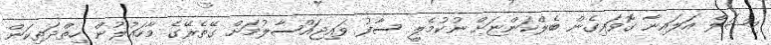
މިޝަލް އަލައިނާ ގޮވައިގެން ބެލްކަންޏަށް ނުކުމެލީ ސާފު ވައިޖައްސާލުމަށް ގޭތެރޭގެ މާހައުލުން ހިތްދަތިކަން